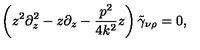
\left( z ^ { 2 } \partial _ { z } ^ { 2 } - z \partial _ { z } - \frac { p ^ { 2 } } { 4 k ^ { 2 } } z \right) \tilde { \gamma } _ { \nu \rho } = 0 ,